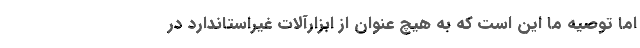
اما توصیه ما این است که به هیچ عنوان از ابزارآلات غیراستاندارد در